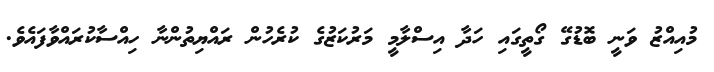
މުއިއްޒު ވަނީ ބޮޑުގޭ ގޯތީގައި ހަދާ އިސްލާމީ މަރުކަޒުގެ ކުރެހުން ރައްޔިތުންނާ ހިއްސާކުރައްވާފައެވެ.